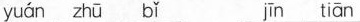
yuán zhū bǐ jīn tiān